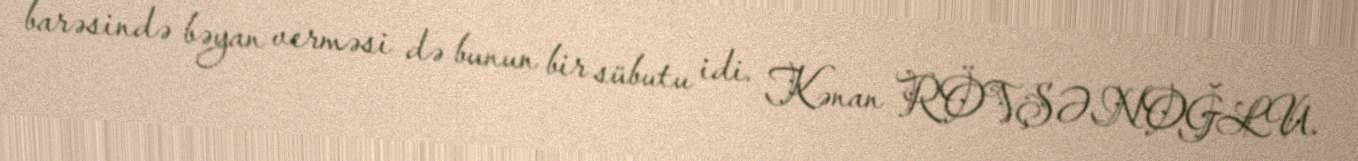
barəsində bəyan verməsi də bunun bir sübutu idi. Kənan RÖVŞƏNOĞLU.